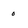
Character: 0